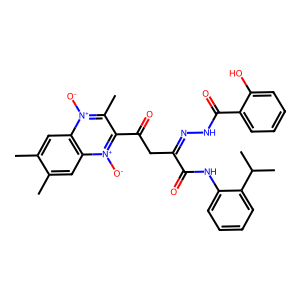
SMILES: Cc1cc2c(cc1C)[n+]([O-])c(C(=O)CC(=NNC(=O)c1ccccc1O)C(=O)Nc1ccccc1C(C)C)c(C)[n+]2[O-]
Inhibits HIV replication: No